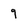
Character: 9